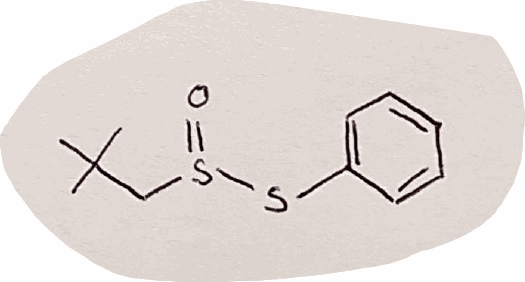
Simplified molecular-input line-entry system (SMILES) notation of the given molecule:
CC(C)(C)CS(=O)SC1=CC=CC=C1